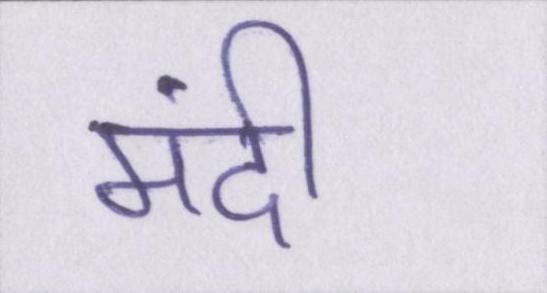
मंदी